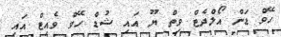
ހޭވް ޑަން އޯލްދެޓް ވިތް ޔޫ އައި ޝުޑް ހޭވް ވެއިޓް އައި